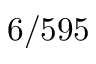
6 / 5 9 5